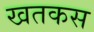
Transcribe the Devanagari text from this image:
खतकस